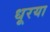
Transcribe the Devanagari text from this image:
धूरया